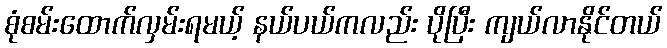
စုံစမ်းထောက်လှမ်းရမယ့် နယ်ပယ်ကလည်း ပိုပြီး ကျယ်လာနိုင်တယ်